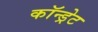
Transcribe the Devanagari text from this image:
कॉन्ड्रेट